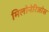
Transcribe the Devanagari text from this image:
मिलोनेरिओस